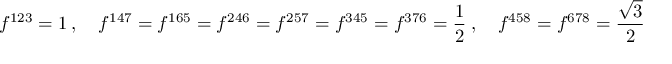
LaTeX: f ^ { 1 2 3 } = 1 \ , \quad f ^ { 1 4 7 } = f ^ { 1 6 5 } = f ^ { 2 4 6 } = f ^ { 2 5 7 } = f ^ { 3 4 5 } = f ^ { 3 7 6 } = { \frac { 1 } { 2 } } \ , \quad f ^ { 4 5 8 } = f ^ { 6 7 8 } = { \frac { \sqrt { 3 } } { 2 } } \ .